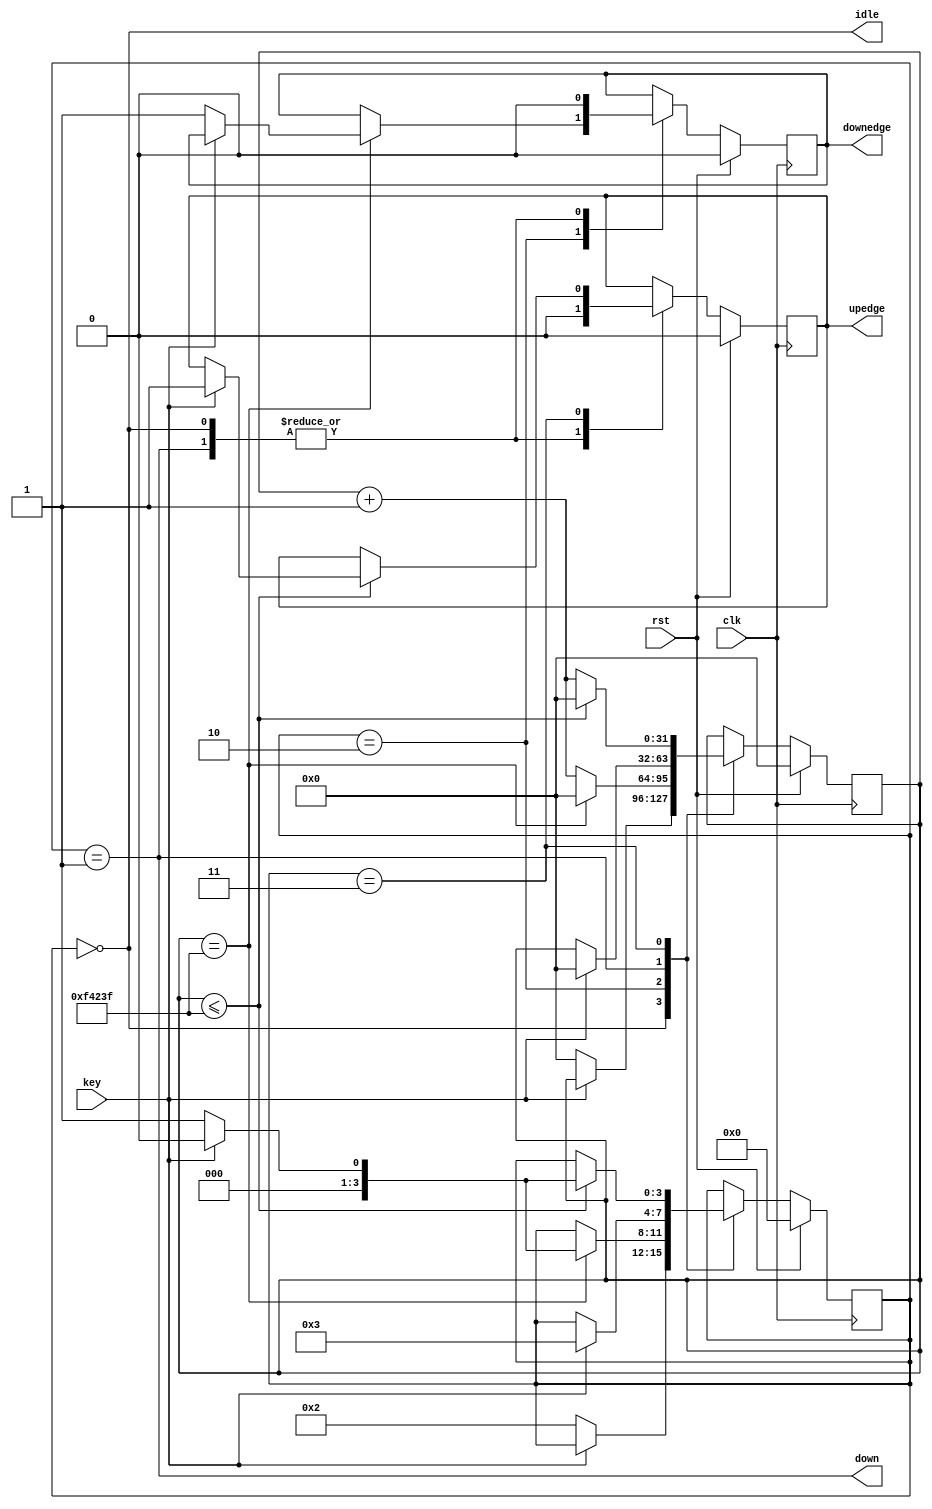
// 
module key_filter # (
    parameter KEEP_CYCLES = 32'd1_000_000
) (
    input wire clk,
    input wire rst,
    input wire key,         // 
    output wire idle,       // , 
    output wire down,       // , 
    output reg upedge,      // , 
    output reg downedge     // , 
);

    // , , 
    localparam KEY_IDLE = 1'b1;
    localparam KEY_PRESS = 1'b0;

    // 
    localparam IDLE = 3'd0;         // 
    localparam DOWN = 3'd1;         // 
    localparam PRESSING = 3'd2;     // IDLE -> DOWN
    localparam RELEASING = 3'd3;    // DOWN -> IDLE

    reg [3:0] state;
    reg [31:0] divider_cnt;

    always @ (posedge clk) begin
        if (rst) begin
            state <= IDLE;
            divider_cnt <= 0;
            upedge <= 0;
            downedge <= 0;
        end
        else begin
            case (state)
                IDLE: begin
                    upedge <= 0;
                    downedge <= 0;
                    if (key == KEY_PRESS) begin // , , 
                        state <= PRESSING;
                        divider_cnt <= 0;
                    end
                end
                PRESSING: begin
                    if (divider_cnt == KEEP_CYCLES - 1) begin
                        // 
                        if (key == KEY_PRESS) begin
                            state <= DOWN;
                            divider_cnt <= 0;
                            downedge <= 1;
                        end else begin
                            state <= IDLE;
                            divider_cnt <= 0;
                        end
                    end else begin
                        divider_cnt <= divider_cnt + 1;
                    end
                end
                DOWN: begin
                    upedge <= 0;
                    downedge <= 0;
                    if (key == KEY_IDLE) begin
                        state <= RELEASING;
                        divider_cnt <= 0;
                    end
                end
                RELEASING: begin
                    if (divider_cnt <= KEEP_CYCLES - 1) begin
                        if (key == KEY_IDLE) begin
                            state <= IDLE;
                            divider_cnt <= 0;
                            upedge <= 1;
                        end else begin
                            state <= DOWN;
                            divider_cnt <= 0;
                        end
                    end else begin
                        divider_cnt <= divider_cnt + 1;
                    end
                end
            endcase            
        end
    end

    assign idle = (state == IDLE);
    assign down = (state == DOWN);

endmodule